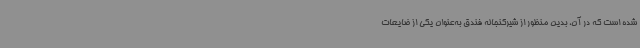
شده است که در آن، بدین منظور از شیرکنجاله فندق به‌عنوان یکی از ضایعات